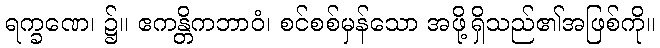
ရက္ခဏေ၊ ၌။ ဧကန္တိကဘာဝံ၊ စင်စစ်မှန်သော အဖို့ရှိသည်၏အဖြစ်ကို။